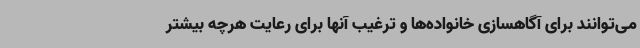
می‌توانند برای آگاهسازی خانواده‌ها و ترغیب آنها برای رعایت هرچه بیشتر